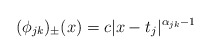
\begin{align*} (\phi_{jk})_\pm(x) = c|x-t_j|^{\alpha_{jk}- 1}\end{align*}